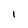
Character: I